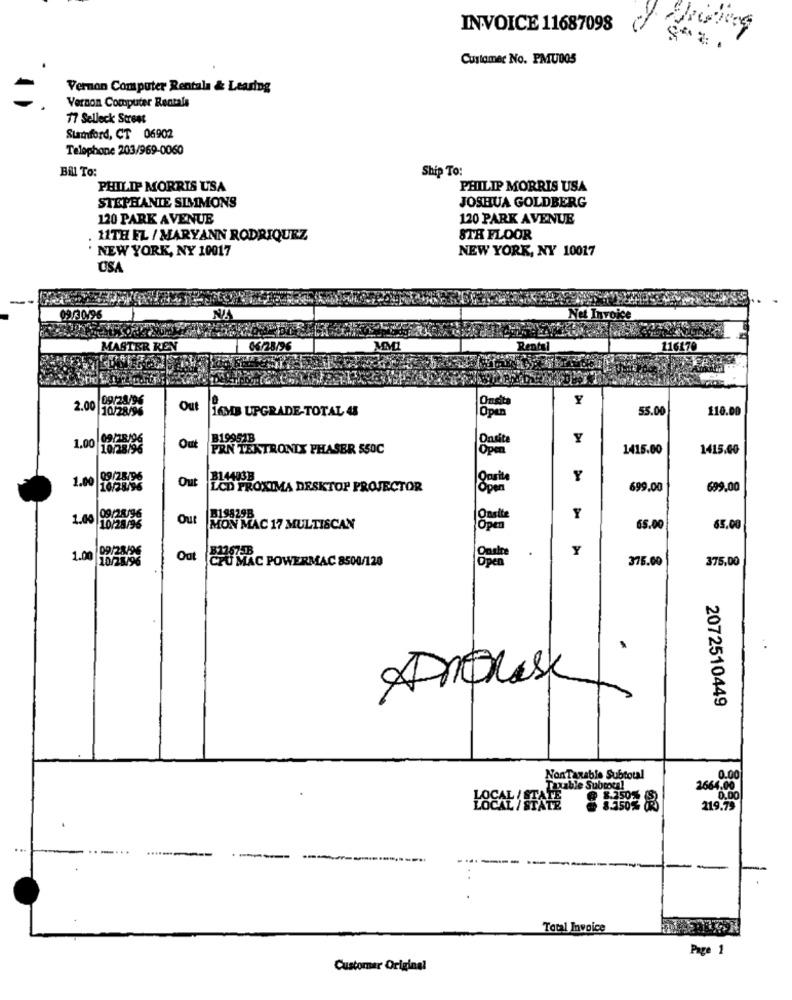
INVOICE 11687098
Customer No. PMUDO5
Vernon Computer Rentala & Learing
Vernon Computer Rentala
77 Selleck Stress
Stamford, CT 06902
Telephone 203/969-0060
Bil To:
Ship To:
PHILIP MORRIS USA
PHILIP MORRIS USA
STEPHANIE SIMMONS
JOSHUA GOLDBERG
120 PARK AVENUE
120 PARK AVENUE
11TH FL / MARYANN RODRIQUEZ
STA FLOOR
NEW YORK, NY 10017
NEW YORK, NY 10017
CSA
09/301
Net
06/28/
Y
2.00 10/28/96
Out
55.00
110.00
16MB UPGRADE-TOTAL 43
Öpen
1.00 09/28/96
B19951B
Dasit
Y
Out
PRN TEKTRONIX PHASER S50C
1415.00
1415.00
1.00 09/28/96
Out
B14403B
Y
10/28/96
LCD PROXIMA DESKTOP PROJECTOR
699.00
699.00
09/28/96
Our
819829B
Qualite
Y
1.00 10/28/96
MON MAC 17 MULTISCAN
65.00
65.00
Y
1.00
10/28/96
Out
CHU MAC POWERMAC 8500/120
376.00
375,00
. .
2072510449
Non Taxable Subtotal
0.00
able Subtotal
2664.00
@ 8.2505
0.00
LOSAL/TA 5550% (%)
219.79
Total Invoice
Page 1
Customer Original